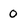
Character: 0